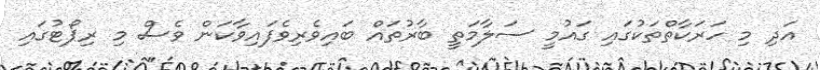
އަދި މި ހަރަކާތްތަކުގައި ގައުމީ ސަލާމަތީ ބާރުތައް ބައިވެރިވެފައިވާކަން ވެސް މި ރިޕޯޓުގައި